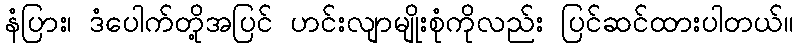
နံပြား၊ ဒံပေါက်တို့အပြင် ဟင်းလျာမျိုးစုံကိုလည်း ပြင်ဆင်ထားပါတယ်။